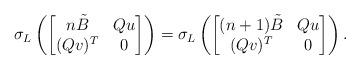
LaTeX: \begin{align*}\sigma_L\left(\begin{bmatrix}n\tilde{B} & Qu \\ (Qv)^T & 0\end{bmatrix}\right)=\sigma_L\left(\begin{bmatrix}(n+1)\tilde{B} & Qu \\ (Qv)^T & 0\end{bmatrix}\right).\end{align*}